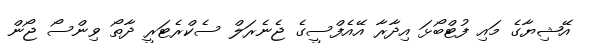
އޭޝިޔާގެ މައި ފުޓްބޯޅަ އިދާރާ އޭއެފްސީގެ ޖެނެރަލް ސެކްރެޓަރީ ދާތޯ ވިންސޯ ޖޯން